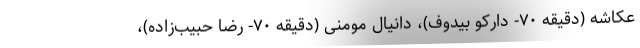
عکاشه (دقیقه ۷۰- دارکو بیدوف)، دانیال مومنی (دقیقه ۷۰- رضا حبیب‌زاده)،